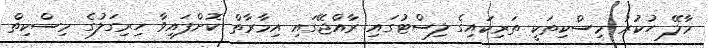
މާލޭ ހުކުރު މިސްކިތަކީ ތަރިކައިގެ ލިސްޓުގައި ރާއްޖޭގައި އިމާރާތް ކޮށްފައިވާ ހިރިގަލުގެ މިސްކިތް